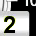
Digit: 2